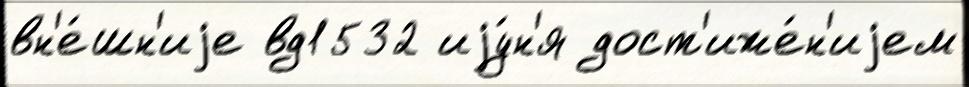
вн'е́шн'иjе вд1532 иjу́н'я дост'иже́н'иjем